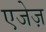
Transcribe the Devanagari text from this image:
एजेज़